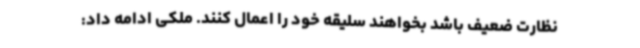
نظارت ضعیف باشد بخواهند سلیقه خود را اعمال کنند. ملکی ادامه داد: